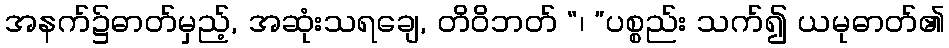
အနက်၌ဓာတ်မှည့်, အဆုံးသရချေ, တိဝိဘတ် “၊ ”ပစ္စည်း သက်၍ ယမုဓာတ်၏